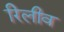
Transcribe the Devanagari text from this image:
रिलीव